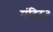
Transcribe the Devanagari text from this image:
मंदिर३